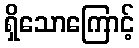
ရှိသောကြောင့်